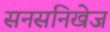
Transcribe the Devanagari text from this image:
सनसनिखेज